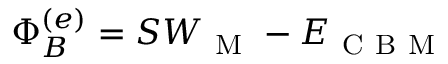
\Phi _ { B } ^ { ( e ) } = S W _ { \mathrm { ~ M ~ } } - E _ { \mathrm { ~ C ~ B ~ M ~ } }